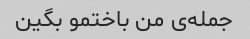
جمله‌ی من باختمو بگین